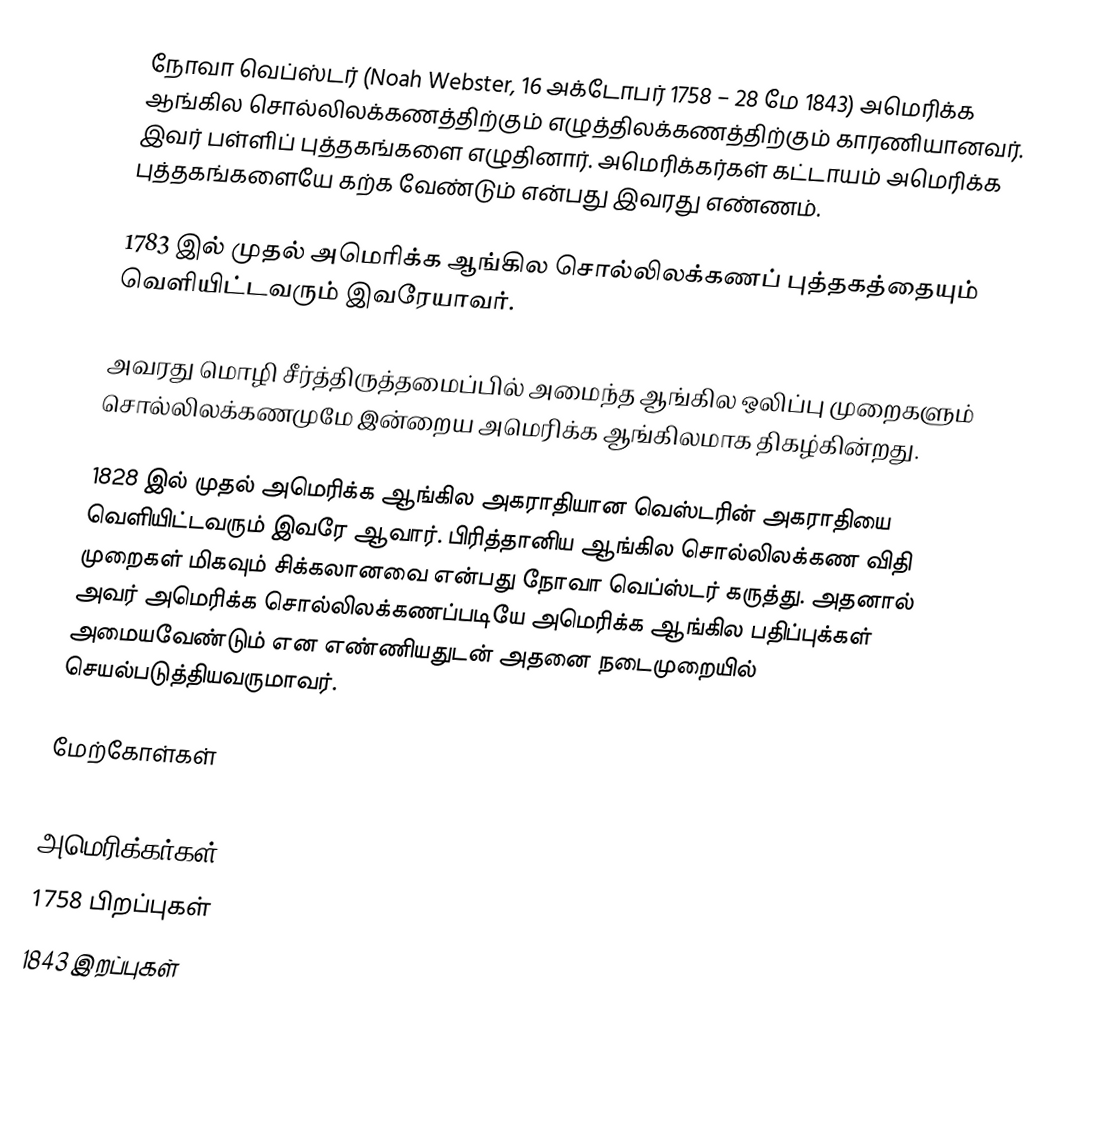
நோவா வெப்ஸ்டர் (Noah Webster, 16 அக்டோபர் 1758 – 28 மே 1843) அமெரிக்க ஆங்கில சொல்லிலக்கணத்திற்கும் எழுத்திலக்கணத்திற்கும் காரணியானவர். இவர் பள்ளிப் புத்தகங்களை எழுதினார். அமெரிக்கர்கள் கட்டாயம் அமெரிக்க புத்தகங்களையே கற்க வேண்டும் என்பது இவரது எண்ணம்.

1783 இல் முதல் அமெரிக்க ஆங்கில சொல்லிலக்கணப் புத்தகத்தையும் வெளியிட்டவரும் இவரேயாவர்.

அவரது மொழி சீர்த்திருத்தமைப்பில் அமைந்த ஆங்கில ஒலிப்பு முறைகளும் சொல்லிலக்கணமுமே இன்றைய அமெரிக்க ஆங்கிலமாக திகழ்கின்றது.

1828 இல் முதல் அமெரிக்க ஆங்கில அகராதியான வெஸ்டரின் அகராதியை வெளியிட்டவரும் இவரே ஆவார். பிரித்தானிய ஆங்கில சொல்லிலக்கண விதி முறைகள் மிகவும் சிக்கலானவை என்பது நோவா வெப்ஸ்டர் கருத்து. அதனால் அவர் அமெரிக்க சொல்லிலக்கணப்படியே அமெரிக்க ஆங்கில பதிப்புக்கள் அமையவேண்டும் என எண்ணியதுடன் அதனை நடைமுறையில் செயல்படுத்தியவருமாவர்.

மேற்கோள்கள்

அமெரிக்கர்கள்
1758 பிறப்புகள்
1843 இறப்புகள்